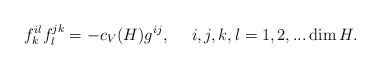
\begin{align*}f^{il}_kf^{jk}_l=-c_V(H)g^{ij},~~~~i,j,k,l=1,2,...\dim H.\end{align*}